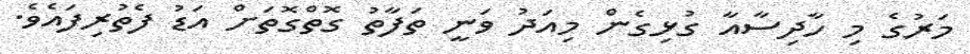
މަރުގެ މި ހާދިސާއާ ގުޅިގެން މިއަދު ވަނީ ތަފާތު ގޮތްގޮތަށް އަޑު ފެތުރިފައެވެ.